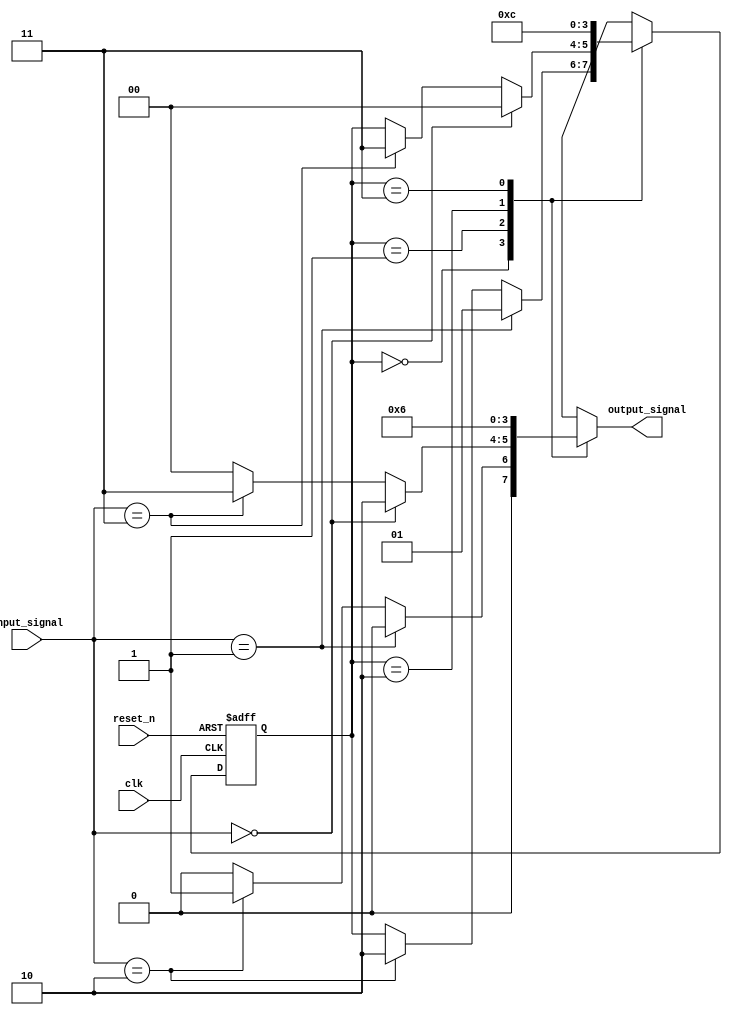
module ParameterizedStateMachine #(
    parameter NUM_STATES = 4,      // Number of states
    parameter INPUT_WIDTH = 2,      // Width of input
    parameter OUTPUT_WIDTH = 2       // Width of output
)(
    input wire clk,                  // Clock signal
    input wire reset_n,              // Asynchronous active-low reset
    input wire [INPUT_WIDTH-1:0] input_signal,  // Input signals
    output reg [OUTPUT_WIDTH-1:0] output_signal  // Output signals
);

    // State definition using local parameters
    localparam [1:0] 
        STATE_0 = 2'b00,
        STATE_1 = 2'b01,
        STATE_2 = 2'b10,
        STATE_3 = 2'b11;

    // Current state and next state registers
    reg [1:0] current_state, next_state;

    // Sequential logic for state transition
    always @(posedge clk or negedge reset_n) begin
        if (!reset_n)
            current_state <= STATE_0;  // Initialize to STATE_0 on reset
        else
            current_state <= next_state; // Transition to next state
    end

    // Combinational logic for next state and output
    always @(*) begin
        // Default assignments
        next_state = current_state;
        output_signal = 0;

        case (current_state)
            STATE_0: begin
                if (input_signal == 2'b01) begin
                    next_state = STATE_1;
                    output_signal = 2'b00;  // Example output for STATE_0
                end else if (input_signal == 2'b10) begin
                    next_state = STATE_2;
                    output_signal = 2'b01;  // Example output for STATE_0
                end
            end

            STATE_1: begin
                if (input_signal == 2'b00) begin
                    next_state = STATE_0;
                    output_signal = 2'b10;  // Example output for STATE_1
                end else if (input_signal == 2'b11) begin
                    next_state = STATE_3;
                    output_signal = 2'b11;  // Example output for STATE_1
                end
            end

            STATE_2: begin
                next_state = STATE_3; // Always transition
                output_signal = 2'b01;  // Example output for STATE_2
            end

            STATE_3: begin
                next_state = STATE_0; // Wrap around
                output_signal = 2'b10;  // Example output for STATE_3
            end
            
            default: begin
                next_state = STATE_0; // Default case (reset to STATE_0)
                output_signal = 2'b00; // Default output
            end
        endcase
    end

endmodule